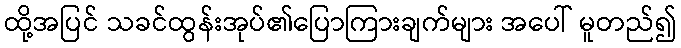
ထို့အပြင် သခင်ထွန်းအုပ်၏ပြောကြားချက်များ အပေါ် မူတည်၍